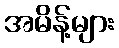
အမိန့်များ